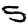
Digit: 5